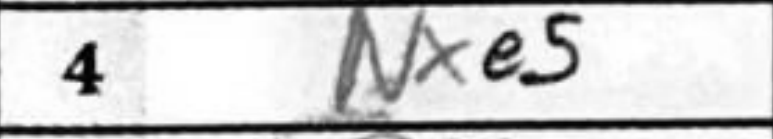
Transcription: Nxe5